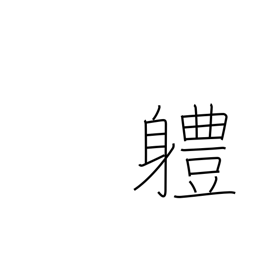
Meaning: unit